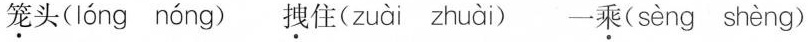
笼头( lóng nóng ) 拽住( zuài zhuài ) 一乘( sèng shèng )